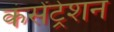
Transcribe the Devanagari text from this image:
कंसेंट्रेशन